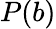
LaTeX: P(b)